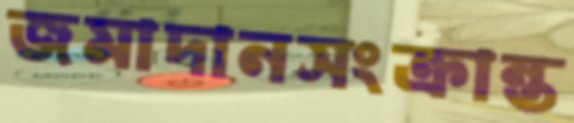
জমাদানসংক্রান্ত